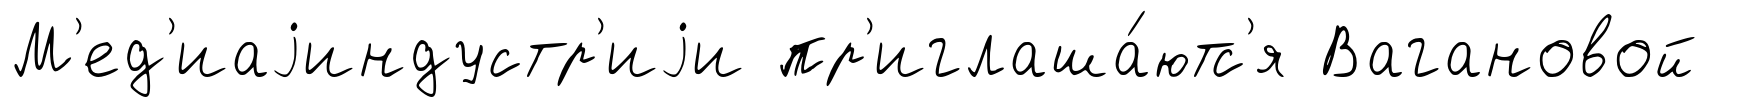
М'ед'иаjиндустр'иjи пр'иглаша́ютс'я Вагановой